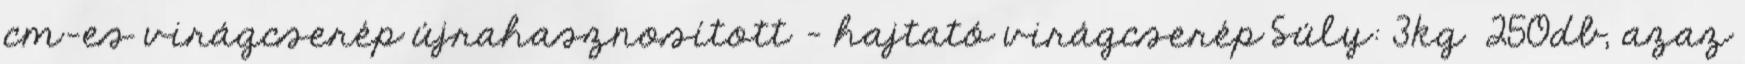
cm-es virágcserép újrahasznosított - hajtató virágcserép Súly: 3kg 250db, azaz